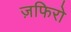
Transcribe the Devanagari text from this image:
ज़फिरो